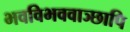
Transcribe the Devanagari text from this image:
भवविभववाञ्छापि